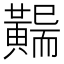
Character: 𪏖